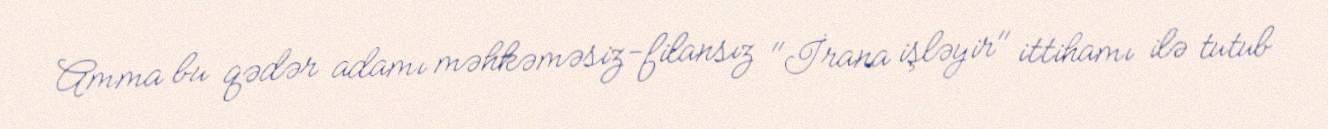
Amma bu qədər adamı məhkəməsiz-filansız "İrana işləyir" ittihamı ilə tutub